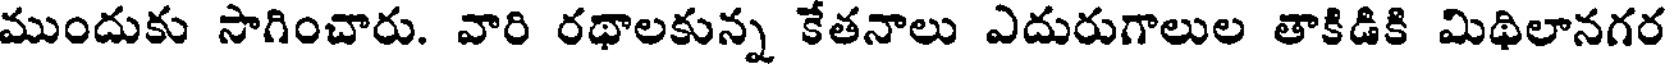
ముందుకు సాగించారు. వారి రథాలకున్న కేతనాలు ఎదురుగాలుల తాకిడికి మిథిలానగర